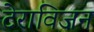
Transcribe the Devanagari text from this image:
टेराविज़न